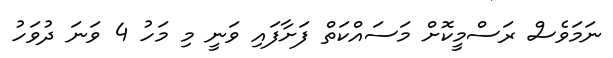
ނަމަވެސް ރަސްމީކޮށް މަސައްކަތް ފަށާފައި ވަނީ މި މަހު 4 ވަނަ ދުވަހު